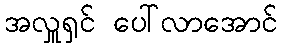
အလှူရှင် ပေါ်လာအောင်